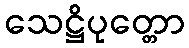
သေဋ္ဌိပုတ္တော